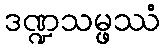
ဒဏ္ဍသမ္ဖဿံ